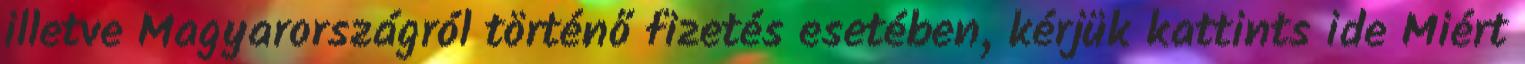
illetve Magyarországról történő fizetés esetében, kérjük kattints ide Miért